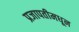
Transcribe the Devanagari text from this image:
प्रजापतीमधून